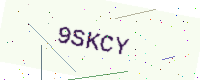
Text: 9SKCY